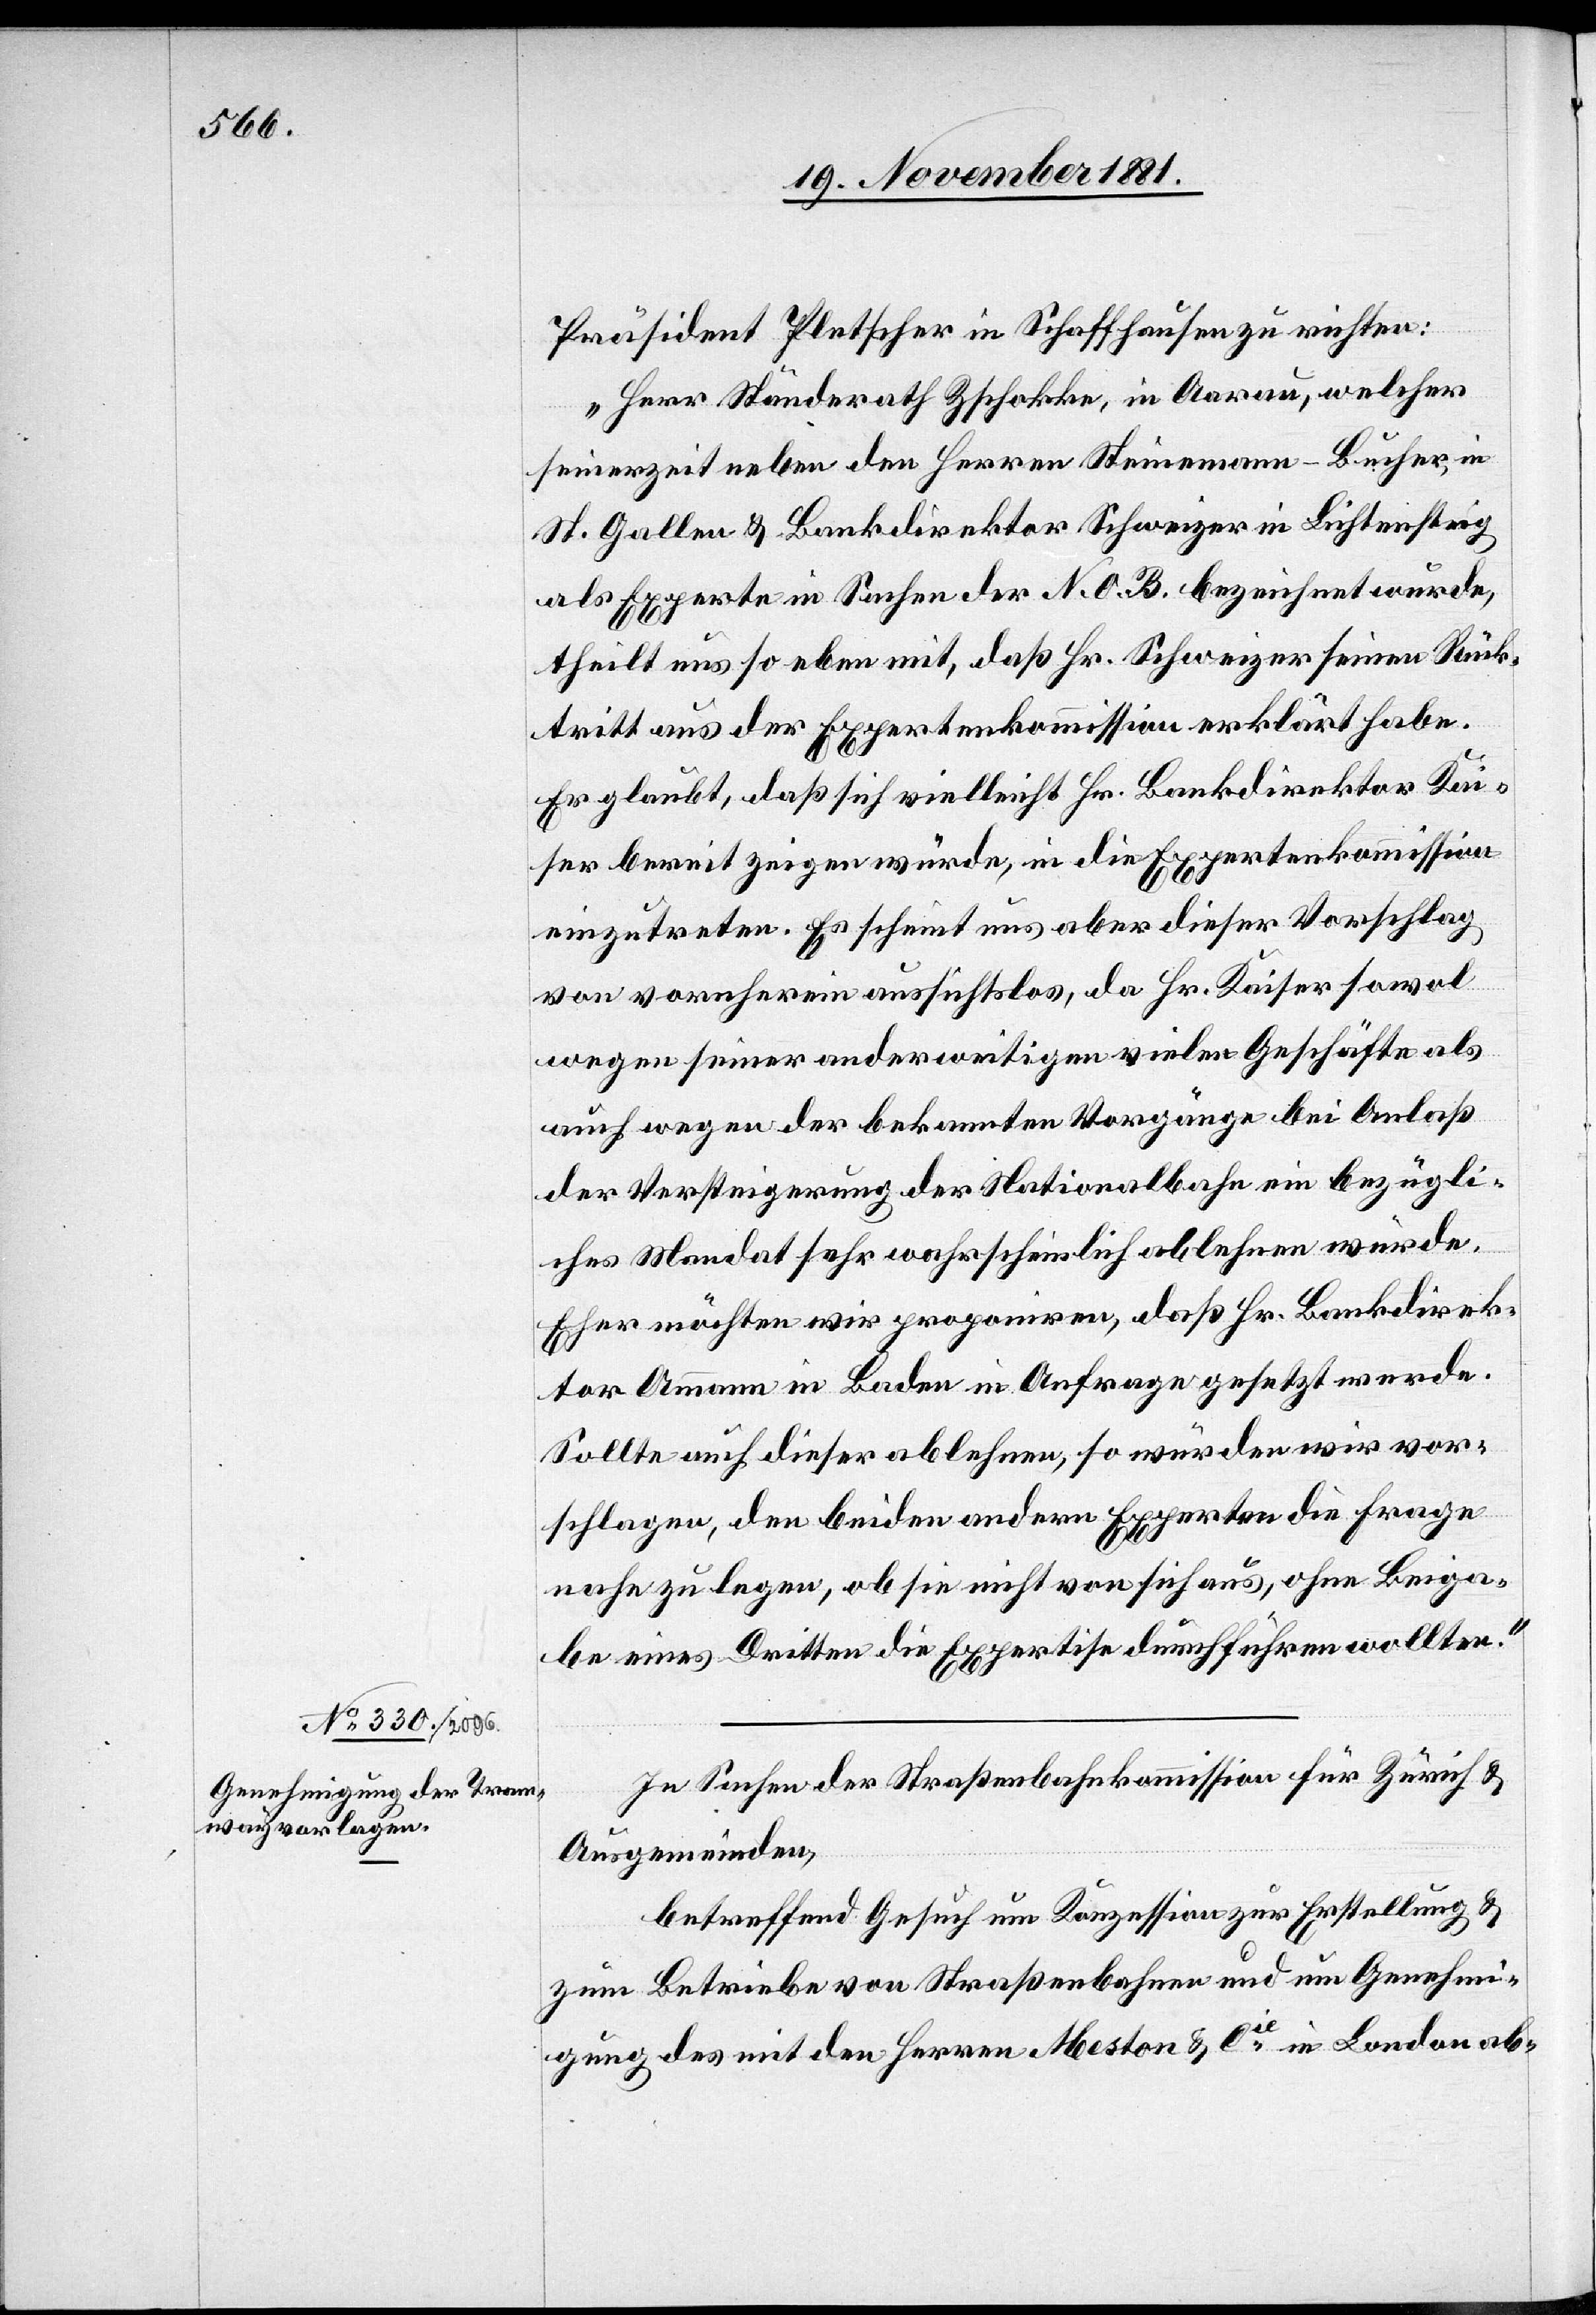
Präsident Pletscher in Schaffhausen zu richten:
„Herr Ständerath Zschokke, in Aarau, welcher
seinerzeit neben den Herren Steinmann-Bucher, in
St. Gallen & Bankdirektor Schweizer in Lichtensteig
als Experte in Sachen der N. O. B. bezeichnet wurde,
theilt uns so eben mit, daß Hr. Schweizer seinen Rück¬
tritt aus der Expertenkommission erklärt habe.
Er glaubt, daß sich vielleicht Hr. Bankdirektor Kai¬
ser bereit zeigen würde, in die Expertenkommission
einzutreten. Es scheint uns aber dieser Vorschlag
von vornherein aussichtslos, da Hr. Kaiser sowol
wegen seiner anderweitigen vielen Geschäfte als
auch wegen der bekannten Vorgänge bei Anlaß
der Versteigerung der Nationalbahn ein bezügli¬
ches Mandat sehr wahrscheinlich ablehnen würde.
Eher möchten wir proponiren, daß Hr. Bankdirek¬
tor Ammann in Baden in Anfrage gesetzt werde.
Sollte auch dieser ablehnen, so würden wir vor¬
schlagen, den beiden andern Experten die Frage
nahe zu legen, ob sie nicht von sich aus, ohne Beiga¬
be eines Dritten die Expertise durchführen wollten.“
In Sachen der Straßenbahnkommission für Zürich &
Ausgemeinden,
betreffend Gesuch um Konzession zur Erstellung &
zum Betreiben von Straßenbahnen und um Genehmi¬
gung des mit den Herren Meston & Cie in London ab-